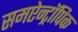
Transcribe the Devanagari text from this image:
समऐन्ट्रॉपिक